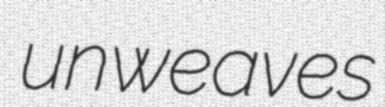
unweaves